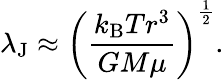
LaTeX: \lambda_{\mathrm{J}}\approx\left({\frac{k_{\mathrm{B}}Tr^{3}}{GM\mu}}\right)^{\frac{1}{2}}.